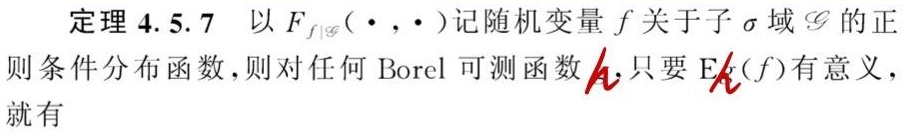
定理 4.5.7 以 $F_{f|\mathscr{G}}(\cdot,\cdot)$ 记随机变量 $f$ 关于子 $\sigma$ 域 $\mathscr{G}$ 的正则条件分布函数,则对任何 Borel 可测函数 $h$,只要 $\mathrm{E}h(f)$ 有意义,就有